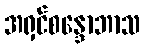
အရှင်စန္ဒောဘာသ